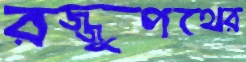
রজ্জুপথের